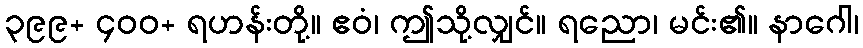
၃၉၉+ ၄၀၀+ ရဟန်းတို့။ ဧဝံ၊ ဤသို့လျှင်။ ရညော၊ မင်း၏။ နာဂေါ၊